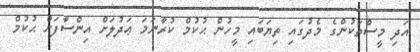
އަދި މީސްތަކުންގެ މެދުގައި ތިޔަބައި މީހުން ޙުކުމް ކުރާނަމަ ޢަދުލަށް އިންސާފަށް ޙުކުމް